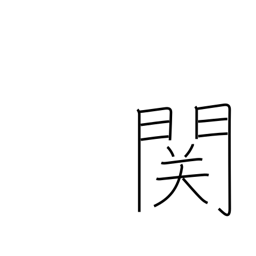
Meaning: barrier